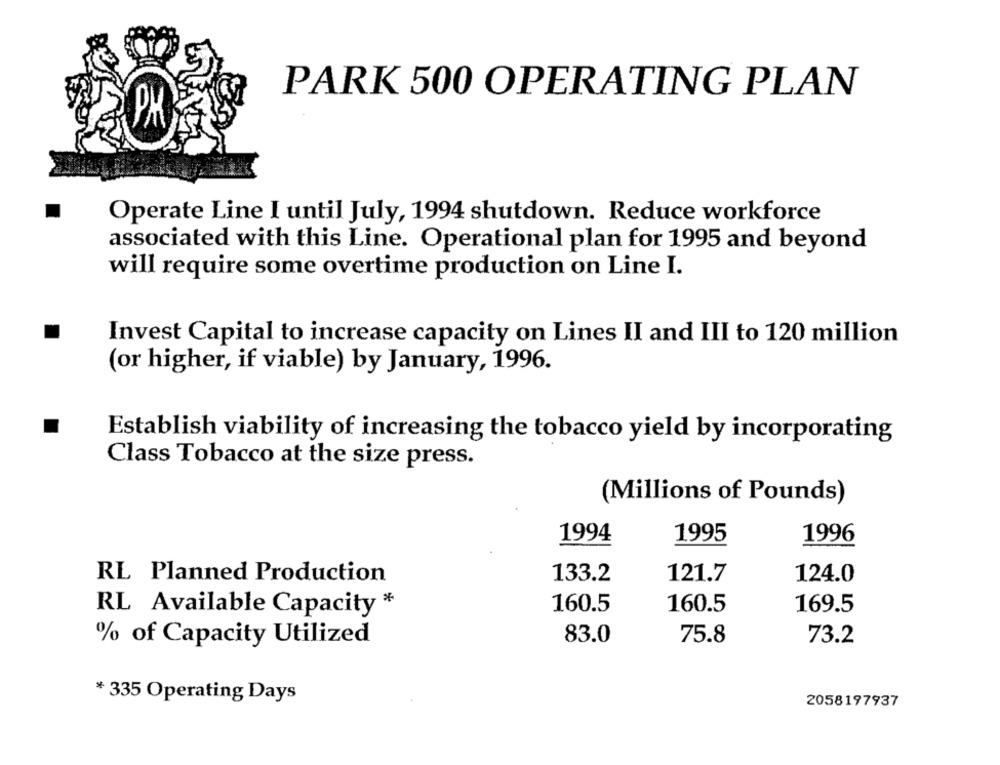
PARK 500 OPERATING PLAN
Operate Line I until July, 1994 shutdown. Reduce workforce
associated with this Line. Operational plan for 1995 and beyond
will require some overtime production on Line I.
Invest Capital to increase capacity on Lines II and III to 120 million
(or higher, if viable) by January, 1996.
Establish viability of increasing the tobacco yield by incorporating
Class Tobacco at the size press.
(Millions of Pounds)
1994
1995
1996
RL Planned Production
133.2
121.7
124.0
RL Available Capacity *
160.5
160.5
169.5
% of Capacity Utilized
83.0
75.8
73.2
* 335 Operating Days
2058197937